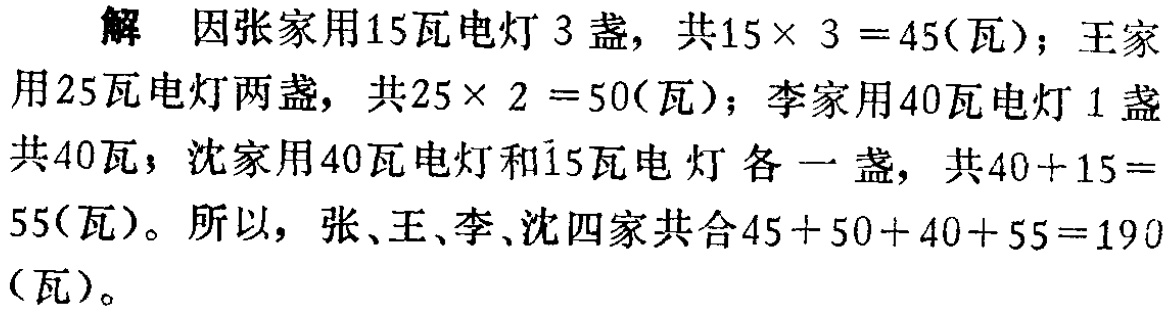
解 因张家用15瓦电灯 3 盏，共\(15\times 3 =45\)(瓦)；王家用25瓦电灯两盏，共\(25\times 2 =50\)(瓦)；李家用40瓦电灯 1 盏共40瓦；沈家用40瓦电灯和15瓦电灯各一盏，共\(40 + 15 =55\)(瓦)。所以，张、王、李、沈四家共合\(45 + 50 + 40 + 55 =190\)(瓦)。